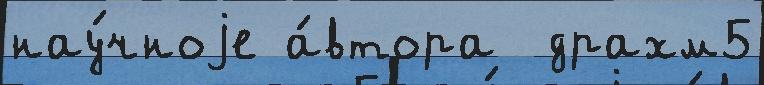
нау́чноjе а́втора  драхм5